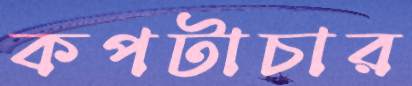
কপটাচার